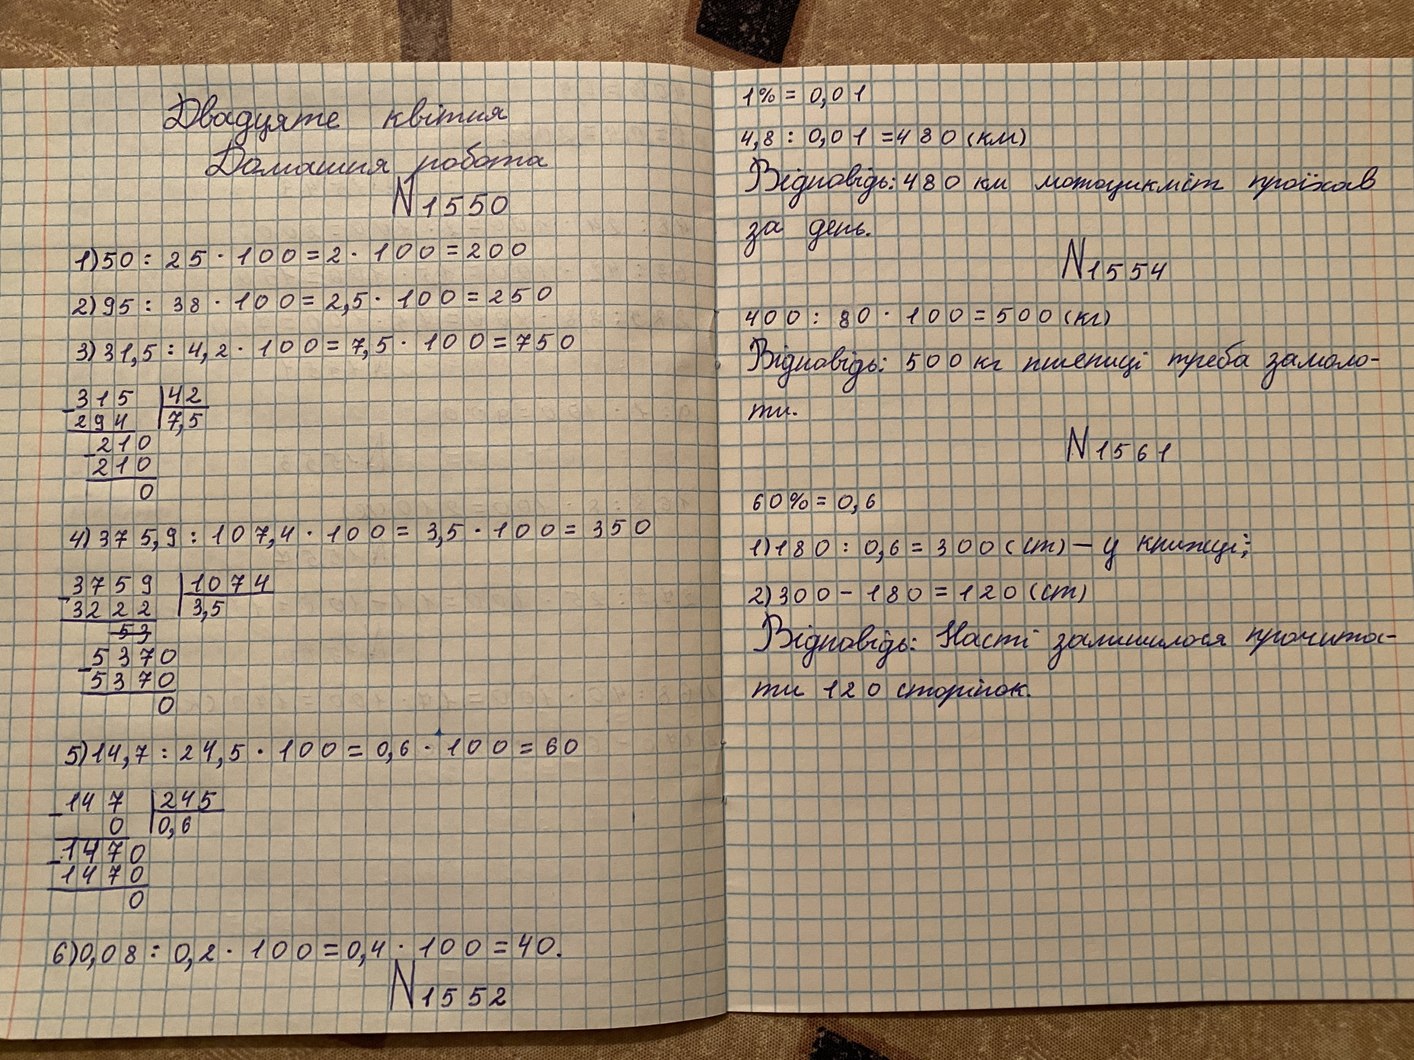
1% = 0,01
Двадцяте квітня
4,8 / 0,01 = 480 (км)
Домашня робота
Відповідь: 480 км мотоцикліст проїхав
№ 1550
за день.
1) 50 / 25 * 100  = 2 * 100 = 200
№ 1554
2) 95 / 38 *100 = 2,5 * 100 = 250
400 / 80 * 100 = 500 (км)
3) 31,5 / 4,2 * 100 = 7,5 * 100 = 750
Відповідь: 500 кг пшениці треба замоло-
315 | 42
294 | 7,5
210
210
0
ти.
№ 1561
60% = 0,6
4) 37,59 / 107,4 * 100 = 3,5 * 100 = 350
1) 180 / 0,6 = 300 (ст) - у книжці;
3759 | 1074
3222 | 3,5
5370
5370
0
2) 300 - 180 = 120 (см)
Відповідь: Насті залишилося прочита-
ти 120 сторінок.
5) 14,7 / 24,5 * 100 = 0,6 * 100 = 60
147 | 245
0 | 0,6
1470
1470
0
6) 0,08 / 0,2 * 100 = 0,4 * 100 = 40
№ 1552